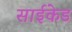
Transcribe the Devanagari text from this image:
साईकेड